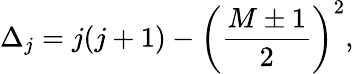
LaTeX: \Delta_{j}=j(j+1)-\left({\frac{M\pm 1}{2}}\right)^{2},